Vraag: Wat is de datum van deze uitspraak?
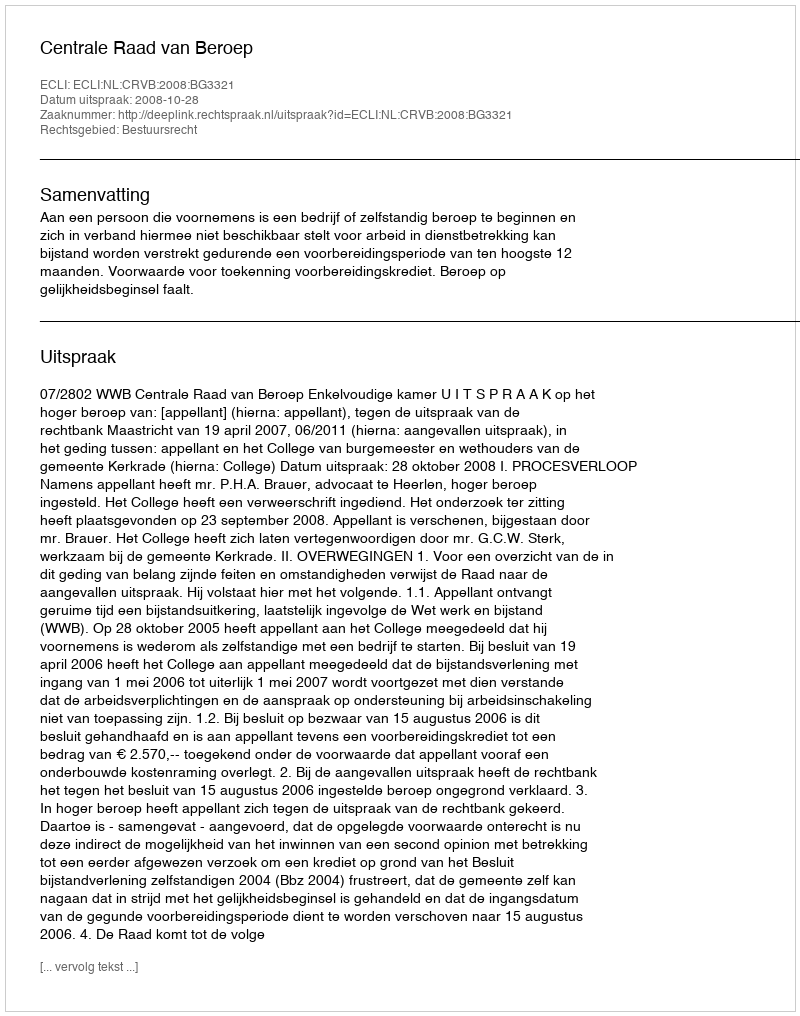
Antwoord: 2008-10-28